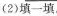
(2)填一填。